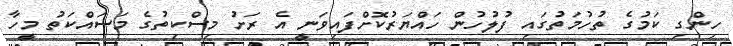
ހިންގި ކަމުގެ ތުހުމަތުގައި ފުލުހުން ހައްޔަރުކޮށްފައިވަނީ އެ ރަށު މިސްކިތުގެ މަސައްކަތު މީހާ